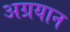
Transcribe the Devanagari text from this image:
अग्रयान